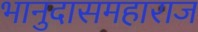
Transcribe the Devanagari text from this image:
भानुदासमहाराज